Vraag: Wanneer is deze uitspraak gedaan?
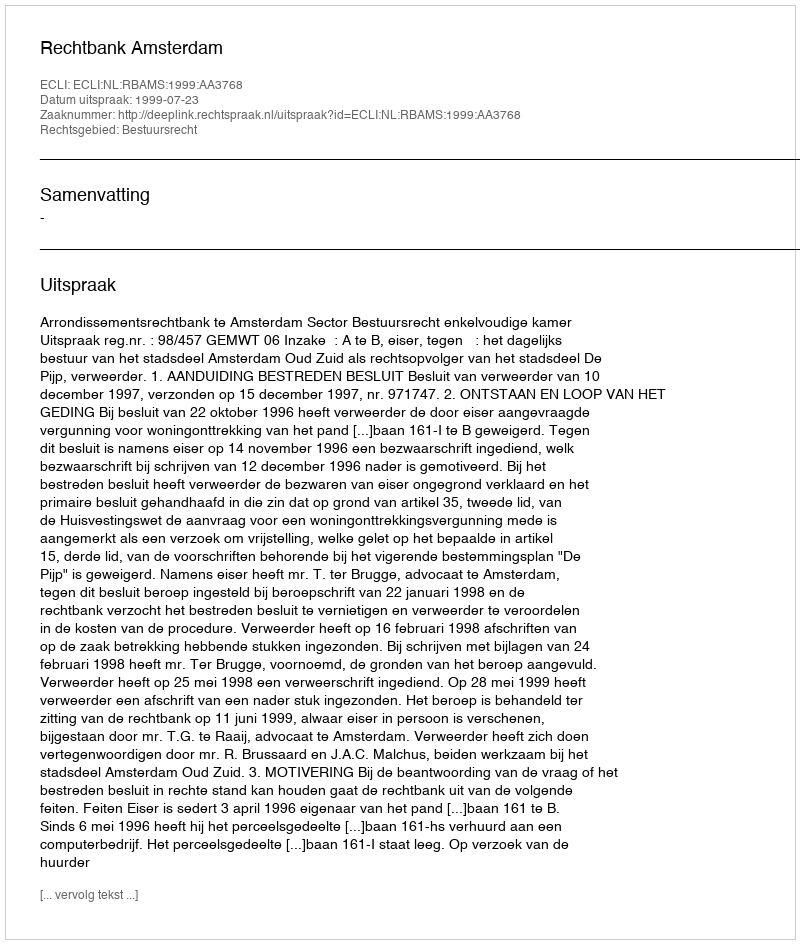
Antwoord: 1999-07-23